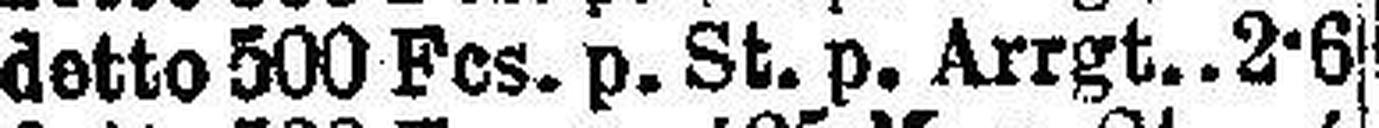
detto 500 Fes. p. St. p. Arrgt 2-6